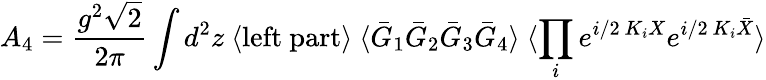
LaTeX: A_{4}=\frac{g^{2}\sqrt{2}}{2\pi}\int d^{2}z\ \langle\mathrm{left~part}\rangle\ \langle\bar{G}_{1}\bar{G}_{2}\bar{G}_{3}\bar{G}_{4}\rangle\ \langle\prod_{i}e^{i/2\ K_{i}X}e^{i/2\ K_{i}\bar{X}}\rangle